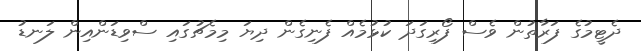
ދެޓީމުގެ ފަރާތުން ވެސް ފޯރިގަދަ ކުޅުމެއް ފެނިގެން ދިޔަ މިމެޗުގައި ސްވިޑަންއިން ލަނޑު